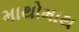
માથોમાથ